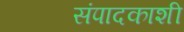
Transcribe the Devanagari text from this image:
संपादकाशी